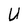
Character: U